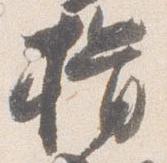
揖